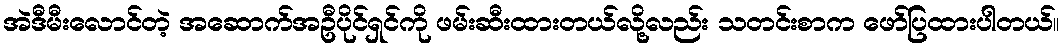
အဲဒီမီးလောင်တဲ့ အဆောက်အဦပိုင်ရှင်ကို ဖမ်းဆီးထားတယ်လို့လည်း သတင်းစာက ဖော်ပြထားပါတယ်။